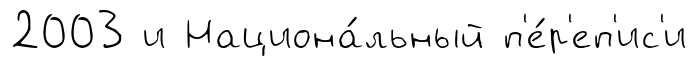
2003 и Национа́льный п'е́р'еп'ис'и